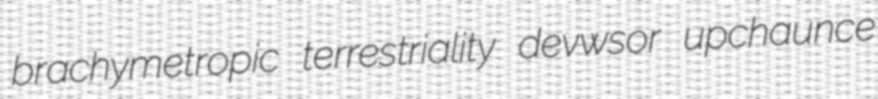
brachymetropic terrestriality devwsor upchaunce